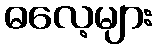
ဓလေ့များ